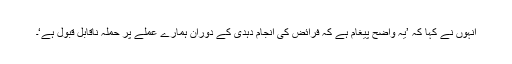
انہوں نے کہا کہ ’یہ واضح پیغام ہے کہ فرائض کی انجام دہدی کے دوران ہمارے عملے پر حملہ ناقابل قبول ہے‘۔